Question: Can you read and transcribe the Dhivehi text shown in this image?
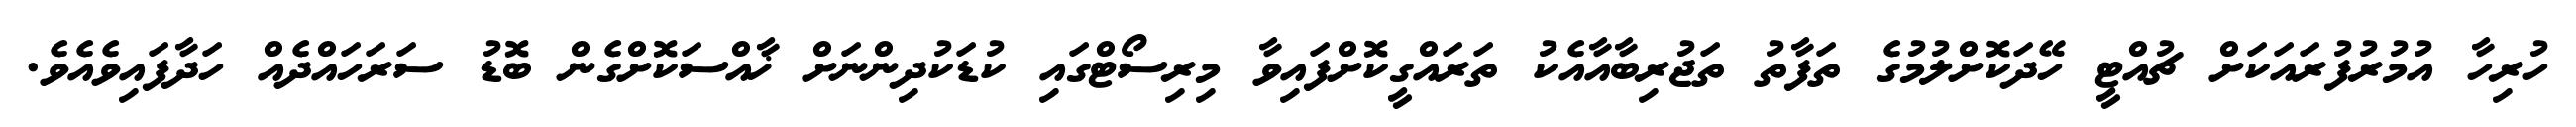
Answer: ހުރިހާ އުމުރުފުރައަކަށް ޗުއްޓީ ހޭދަކޮށްލުމުގެ ތަފާތު ތަޖުރިބާއާއެކު ތަރައްގީކޮށްފައިވާ މިރިސޯޓްގައި ކުޑަކުދިންނަށް ޚާއްސަކޮށްގެން ބޮޑު ސަރަހައްދެއް ހަދާފައިވެއެވެ.